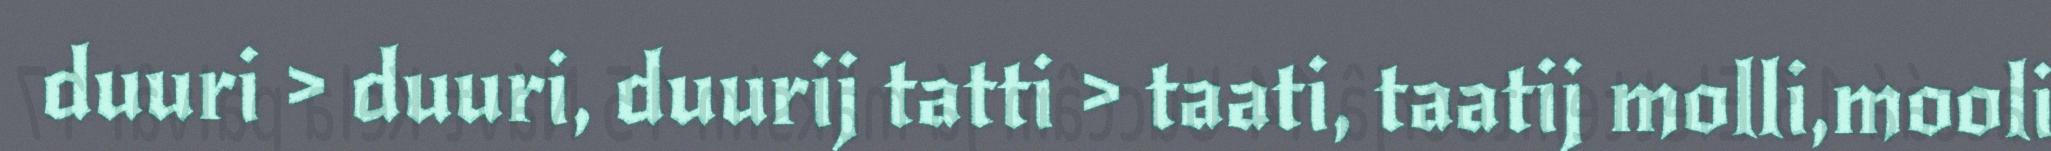
duuri > duuri, duurij tatti > taati, taatij molli,mooli